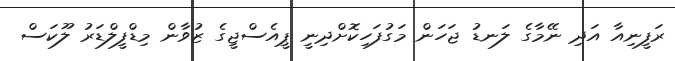
ރަފީނިއާ އަދި ނޭމާގެ ލަނޑު ޖަހަން މަގުފަހިކޮށްދިނީ ޕީއެސްޖީގެ ޒުވާން މިޑްފީލްޑަރު ލޫކަސް